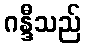
ဂန္ဒီသည်